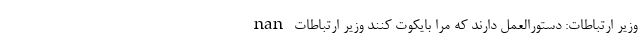
nan وزیر ارتباطات: دستورالعمل دارند که مرا بایکوت کنند وزیر ارتباطات